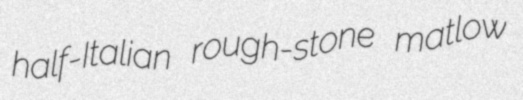
half-Italian rough-stone matlow